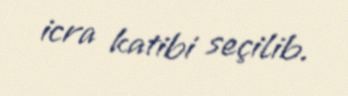
icra katibi seçilib.